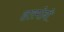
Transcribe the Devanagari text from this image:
हारमोनी